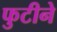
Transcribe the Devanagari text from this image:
फुटीने